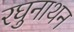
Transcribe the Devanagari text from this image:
रघुनाथन